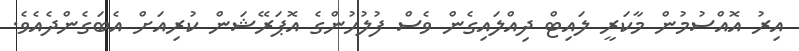
އިރު އޮއްސުމުން މާކަރީ ލައިޓް ދިއްލައިގެން ވެސް ފުލުހުންގެ އޮޕަރޭޝަން ކުރިއަށް އެބަގެންދެއެވެ.